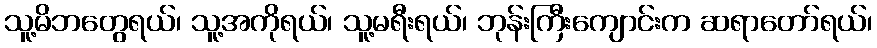
သူ့မိဘတွေရယ်၊ သူ့အကိုရယ်၊ သူ့မရီးရယ်၊ ဘုန်းကြီးကျောင်းက ဆရာတော်ရယ်၊